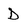
Character: D